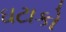
ઘટાકો